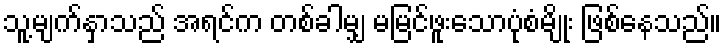
သူ့မျက်နှာသည် အရင်က တစ်ခါမျှ မမြင်ဖူးသောပုံစံမျိုး ဖြစ်နေသည်။